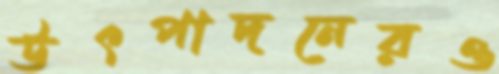
উৎপাদনেরও